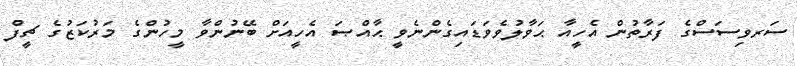
ސަރވިސަސްގެ ފަރާތުން އެހީއާ ޙަވާލުވެވަޑައިގެންނެވީ ޙާއްޞަ އެހީއަށް ބޭނުންވާ މީހުންގެ މަރުކަޒުގެ ޗީފް